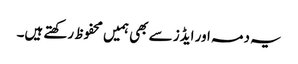
یہ دمہ اور ایڈز سے بھی ہمیں محفوظ رکھتے ہیں۔